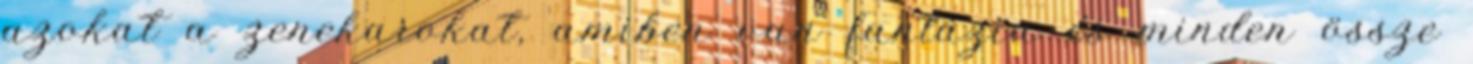
azokat a zenekarokat, amiben van fantázia és minden össze